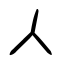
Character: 人